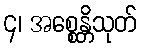
၄၊ အစ္စေန္တိသုတ်